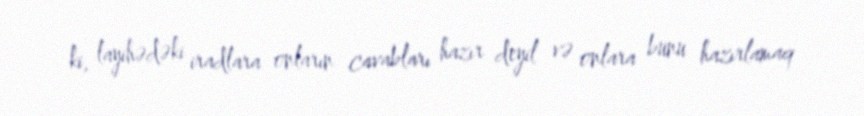
ki, layihədəki iradlara onların cavabları hazır deyil və onlara bunu hazırlamaq